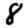
Digit: 8